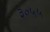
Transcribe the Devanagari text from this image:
३०५५